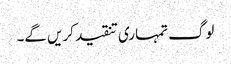
لوگ تمہاری تنقید کریں گے۔